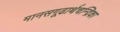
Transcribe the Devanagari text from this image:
मानसगूढार्थचन्द्रिका